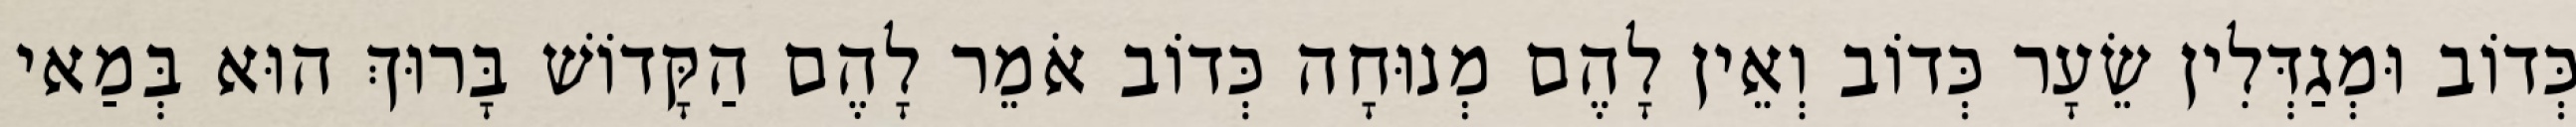
כְּדוֹב וּמְגַדְּלִין שֵׂעָר כְּדוֹב וְאֵין לָהֶם מְנוּחָה כְּדוֹב אֹמֵר לָהֶם הַקָּדוֹשׁ בָּרוּךְ הוּא בְּמַאי